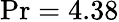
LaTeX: \operatorname*{Pr}=4.38